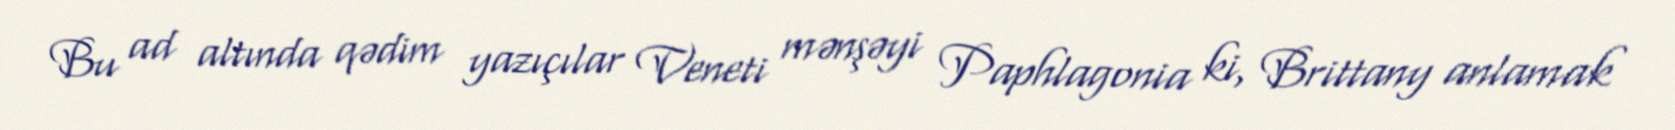
Bu ad altında qədim yazıçılar Veneti mənşəyi Paphlagonia ki, Brittany anlamak